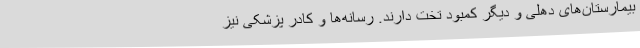
بیمارستان‌های دهلی و دیگر کمبود تخت دارند. رسانه‌ها و کادر پزشکی نیز